Report of the Indian Hemp Drugs Commission, 1894-1895 - Volume III
Year: 1894
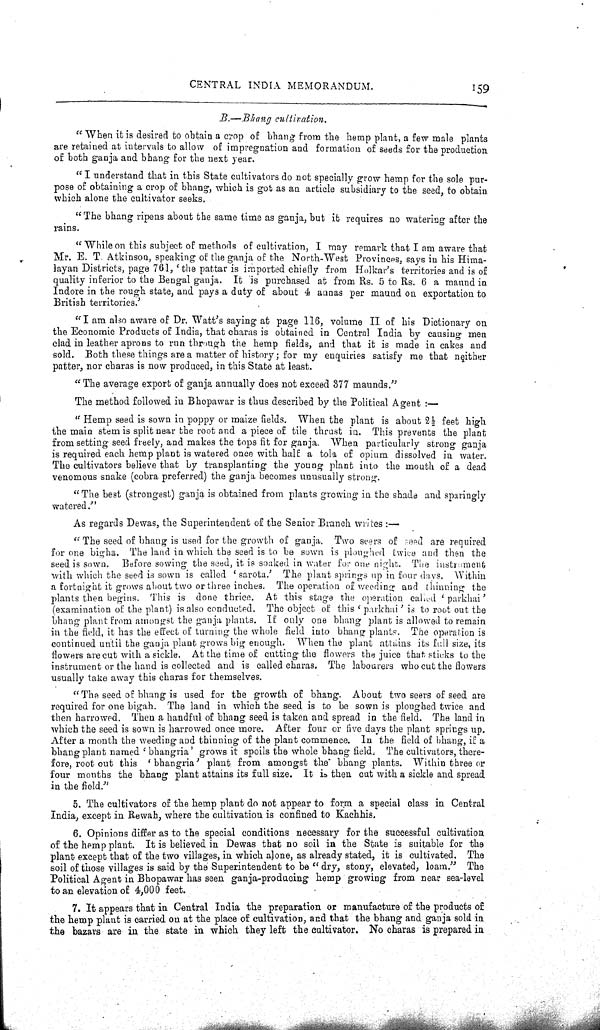
CENTRAL INDIA MEMORANDUM.
159
B.-Bhang cultivation.
"When it is desired to obtain a crop of bhang from the hemp plant, a few male plants
are retained at intervals to allow of impregnation and formation of seeds for the production
of both ganja and bhang for the next year.
"I understand that in this State cultivators do not specially grow hemp for the sole pur-
pose of obtaining a crop of bhang, which is got as an article subsidiary to the seed, to obtain
which alone the cultivator seeks.
"The bhang ripens about the same time as ganja, but it requires no watering after the
rains.
"While on this subject of methods of cultivation, I may remark that I am aware that
Mr. E. T. Atkinson, speaking of the ganja of the North-West Provinces, says in his Hima-
layan Districts, page 761, 'the pattar is imported chiefly from Holkar's territories and is of
quality inferior to the Bengal ganja. It is purchased at from Rs. 5 to Rs. 6 a maund in
Indore in the rough state, and pays a duty of about 4 annas per maund on exportation to
British territories.'
"I am also aware of Dr. Watt's saying at page 116, volume II of his Dictionary on
the Economic Products of India, that charas is obtained in Central India by causing men
clad in leather aprons to run through the hemp fields, and that it is made in cakes and
sold. Both these things are a matter of history; for my enquiries satisfy me that neither
patter, nor charas is now produced, in this State at least.
"The average export of ganja annually does not exceed 377 maunds."
The method followed in Bhopawar is thus described by the Political Agent:—
"Hemp seed is sown in poppy or maize fields. When the plant is about 21/2 feet high
the main stem is split near the root and a piece of tile thrust in. This prevents the plant
from setting seed freely, and makes the tops fit for ganja. When particularly strong ganja
is required each hemp plant is watered once with half a tola of opium dissolved in water.
The cultivators believe that by transplanting the young plant into the mouth of a dead
venomous snake (cobra preferred) the ganja becomes unusually strong.
"The best (strongest) ganja is obtained from plants growing in the shade and sparingly
watered."
As regards Dewas, the Superintendent of the Senior Branch writes:—
"The seed of bhang is used for the growth of ganja. Two seers of seed are required
for one bigha. The land in which the seed is to be sown is ploughed twice and then the
seed is sown. Before sowing the seed, it is soaked in water for one night. The instrument
with which the seed is sown is called 'sarota.' The plant springs up in four days. Within
a fortnight it grows about two or three inches. The operation of weeding and thinning the
plants then begins. This is done thrice. At this stage the operation called 'parkhai'
(examination of the plant) is also conducted. The object of this 'parkhai' is to root out the
bhang plant from amongst the ganja plants. If only one bhang plant is allowed to remain
in the field, it has the effect of turning the whole field into bhang plants. The operation is
continued until the ganja plant grows big enough. When the plant attains its full size, its
flowers are cut with a sickle. At the time of cutting the flowers the juice that sticks to the
instrument or the hand is collected and is called charas. The labourers who cut the flowers
usually take away this charas for themselves.
"The seed of bhang is used for the growth of bhang. About two seers of seed are
required for one bigah. The land in which the seed is to be sown is ploughed twice and
then harrowed. Then a handful of bhang seed is taken and spread in the field. The land in
which the seed is sown is harrowed once more. After four or five days the plant springs up.
After a month the weeding and thinning of the plant commence. In the field of bhang, if a
bhang plant named 'bhangria' grows it spoils the whole bhang field. The cultivators, there-
fore, root out this 'bhangria' plant from amongst the bhang plants. Within three or
four months the bhang plant attains its full size. It is then cut with a sickle and spread
in the field."
5. The cultivators of the hemp plant do not appear to form a special class in Central
India, except in Rewah, where the cultivation is confined to Kachhis.
6. Opinions differ as to the special conditions necessary for the successful cultivation
of the hemp plant. It is believed in Dewas that no soil in the State is suitable for the
plant except that of the two villages, in which alone, as already stated, it is cultivated. The
soil of those villages is said by the Superintendent to be "dry, stony, elevated, loam." The
Political Agent in Bhopawar has seen ganja-producing hemp growing from near sea-level
to an elevation of 4,000 feet.
7. It appears that in Central India the preparation or manufacture of the products of
the hemp plant is carried on at the place of cultivation, and that the bhang and ganja sold in
the bazars are in the state in which they left the cultivator. No charas is prepared in